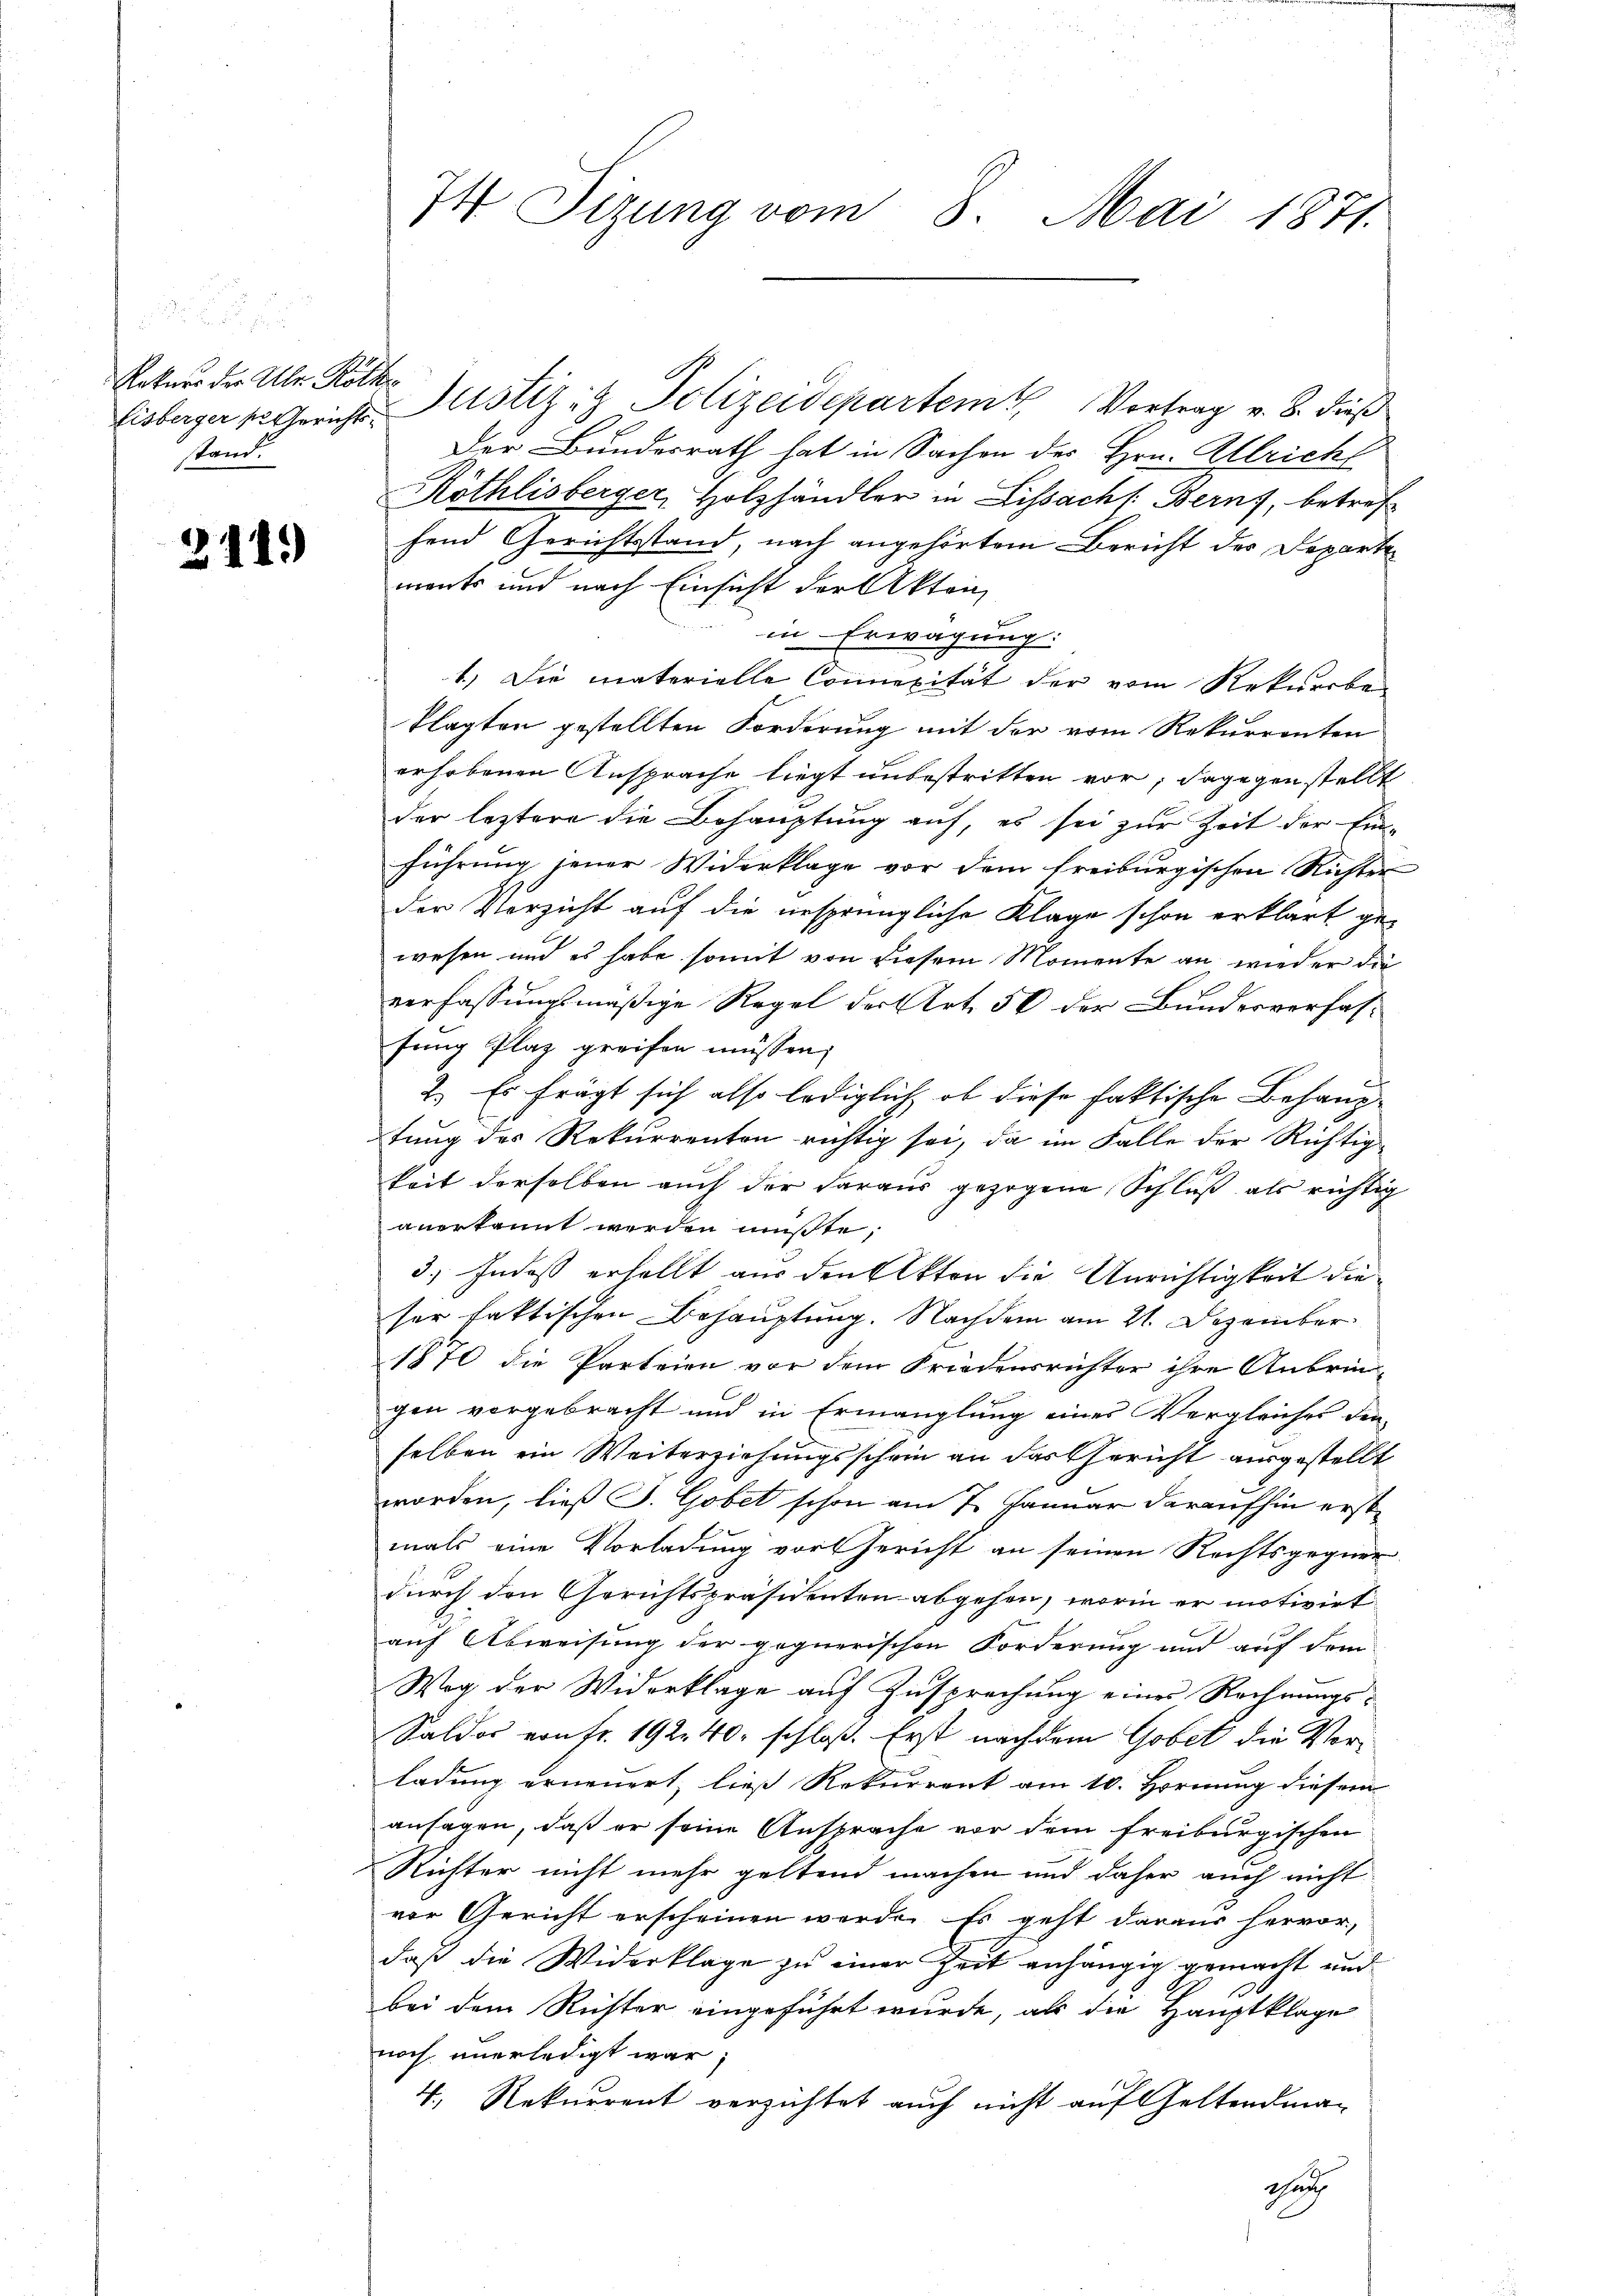
Rekurs der Aber Röth
stand.

211.

74 Tizung vom 8. Mai 1871.

Eisberger Gericht. Justiz & Polizeidepartem Vortrag v. B. dies
Der Bundesrath hat in Sachen des Hrn. Allrich
Röthlisberger, Holzhändler in Lissach Berns, betref
fend Gerichtsstand, nach angehörtem Bericht der Departe
monts und nach Einsicht der Akten,
f
in Erwägung:
1.) Die materielle Connexität der vom Rekursbe
klagten gestellten Forderung mit der vom Rekurrenten
erhobenen Ansprache liegt unbestritten vor; dagegen stellt
der leztere die Behauptung auf, es sei zur Zeit der Ein-
führung jener Widerklage vor dem freiburgischen Richter
der Verzicht auf die ursprüngliche Klage schon erklärt ge-
wesen und es habe somit von diesem Momente an wieder die
verfassungsmäßige Regel der Art. 56 der Bundesverfasfung Plaz greifen müssen,
2.) Es frägt sich also lediglich, ob diese faktische Behauptung des Rekurrenten richtig sei, da im Falle der Richtigkeit derselben auch der daraus gezogene Schluß als richtig
anerkannt werden müßte,
3., Indeß erhellt aus den Akten die Unrichtigkeit die
ser faktischen Behauptung. Nachdem am 21. Dezember
1870 die Parteien vor dem Friedensrichter ihre Anbrin-
gen vorgebracht und in Ermanglung eines Vergleiches den-
selben ein Weiterziehungsschein an das Gericht ausgestellt
worden, ließ J. Gobet schon am 7. Januar daraufhin erst
mals eine Vorladung vor Gericht an seinen Rechtsgegner.
durch den Gerichtspräsidenten abgehen, worin er motivirt
auf Abweisung der gegnerischen Forderung und auf dem
Weg der Widerklage auf Zusprechung eines Rechnungs¬
Saldos von fr. 192. 40. schloß. Erst nachdem Gobet die Vorladung erneuert, ließ Rekurrent am 10. Hornung diesem
ansagen, daß er seine Ansprache vor dem freiburgischen
Richter nicht mehr geltend machen und daher auch nicht
vor Gericht erscheinen werde. Es geht daraus hervor,
daß die Widerklage zu einer Zeit anhängig gemacht und
bei dem Richter eingeführt wurde, als die Hauptklage
noch unerledigt war;
4., Rekurrent verzichtet auch nicht auf Geltendman
shei